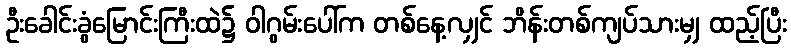
ဦးခေါင်းခွံမြောင်းကြီးထဲ၌ ဝါဂွမ်းပေါ်က တစ်နေ့လျှင် ဘိန်းတစ်ကျပ်သားမျှ ထည့်ပြီး